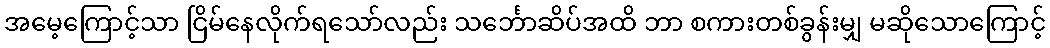
အမေ့ကြောင့်သာ ငြိမ်နေလိုက်ရသော်လည်း သင်္ဘောဆိပ်အထိ ဘာ စကားတစ်ခွန်းမျှ မဆိုသောကြောင့်